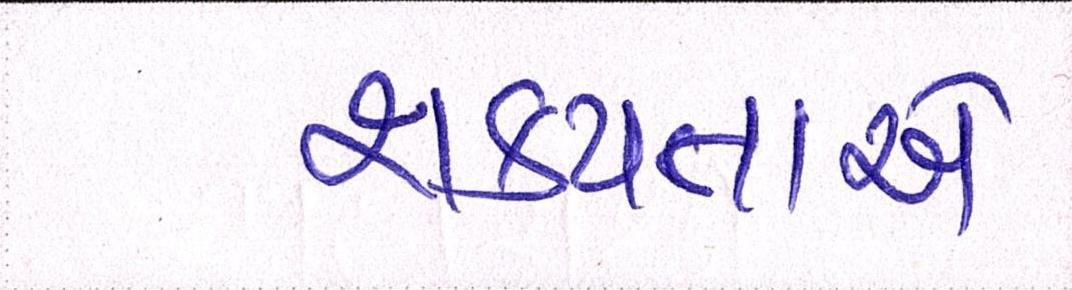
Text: શક્યતાએ